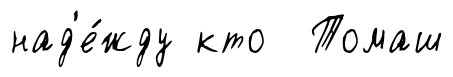
над'е́жду кто Томаш